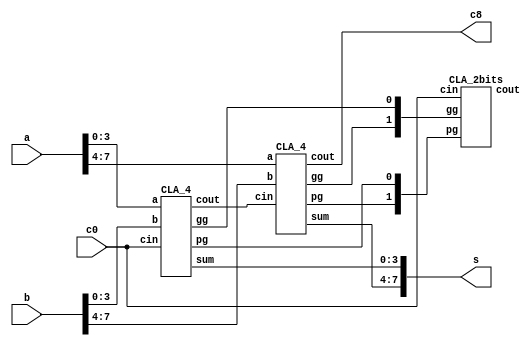
`timescale 1ns/1ps

module Carry_Look_Ahead_Adder_8bit(a, b, c0, s, c8);
input [7:0] a, b;
input c0;
output [7:0] s;
output c8;

wire c4;
wire [1:0] pg, gg;

CLA_4 cla0(a[3:0], b[3:0], c0, c4, s[3:0], pg[0], gg[0]);
CLA_4 cla1(a[7:4], b[7:4], c4, c8, s[7:4], pg[1], gg[1]);

CLA_2bits cla_2bits({c8, c4}, pg, gg, c0);

endmodule

module CLA_4(a, b, cin, cout, sum, pg, gg);

input [3:0] a, b;
input cin;
output [3:0]sum;
output cout, pg, gg;

wire [3:0] p, g;
wire [2:0] c;

Full_Adder fa0(sum[0], a[0], b[0], cin);
Full_Adder fa1(sum[1], a[1], b[1], c[0]);
Full_Adder fa2(sum[2], a[2], b[2], c[1]);
Full_Adder fa3(sum[3], a[3], b[3], c[2]);

OR aORb[3:0](a, b, p);
AND aANDb[3:0](a, b, g);

CLA_4bits cla2({cout, c[2:0]}, p, g, cin, pg, gg);

endmodule

module CLA_4bits(cout, p, g, cin, pg, gg);
input [3:0] p, g;
input cin;
output [3:0] cout;
output pg, gg;

wire [18:0]w;

//c1
AND and_c1(p[0], cin, w[0]);
OR or_c1(g[0], w[0], cout[0]);

//c2
AND and_c2(p[1], g[0], w[2]);
AND_4bits and_c21(p[1], p[0], cin, 1'b1, w[3]);
OR_4bits or_c2(g[1], w[2], w[3], 1'b0, cout[1]);

//c3
AND and_c3(p[2], g[1], w[4]);
AND_4bits and_c4(p[2], p[1], g[0], 1'b1, w[5]);
AND_4bits and_c5(p[2], p[1], p[0], cin, w[6]);
OR_4bits or_c3(g[2], w[4], w[5], w[6], cout[2]);

//c4
AND and_c40(p[3], g[2], w[7]);
AND_4bits and_c41(p[3], p[2], g[1], 1'b1, w[8]);
AND_4bits and_c42(p[3], p[2], p[1], g[0], w[9]);
AND_4bits and_c43(p[3], p[2], p[1], p[0], w[10]);
AND and_c44(w[10], cin, w[11]);
OR_4bits or_c4(w[7], w[8], w[9], w[11], w[12]);
OR or_c41(w[12], g[3], cout[3]);

//pg
AND_4bits and_pg(p[0], p[1], p[2], p[3], pg);

//gg
AND_4bits and_gg(g[1], p[3], p[2], 1'b1, w[14]);
AND_4bits and_gg1(g[0], p[3], p[2], p[1], w[15]);
AND and_gg2(g[2], p[3], w[16]);
OR_4bits or_gg(g[3], w[14], w[15], w[16], gg);

endmodule

module Full_Adder(sum, a, b, cin);
input a, b, cin;
output sum;

wire a_xor_b, w1, w2, w3, w4;

XOR xor_a_b(a, b, a_xor_b);
XOR xor_a_b_cin(a_xor_b, cin, sum);

endmodule

module CLA_2bits(cout, pg, gg, cin);
input [1:0] pg, gg;
input cin;
//cout[0] == c4, cout[1] == c8
output [1:0] cout;
wire [5:0]w;

AND and_c1(cin, pg[0], w[0]);
OR or_c1(gg[0], w[0], cout[0]);

AND and_c2(pg[1], gg[0], w[1]);
AND_4bits and_c21(pg[1], pg[0], cin, 1'b1, w[2]);
OR_4bits or_c2(gg[1], w[1], w[2], 1'b0, cout[1]);

endmodule

module AND_4bits(a, b, c, d, out);
input a, b, c, d;
output out;

wire w0, w1;

AND and0(a, b, w0);
AND and1(c, d, w1);
AND and2(w0, w1, out);

endmodule

module OR_4bits(a, b, c, d, out);
input a, b, c, d;
output out;

wire w0, w1;

OR and0(a, b, w0);
OR and1(c, d, w1);
OR and2(w0, w1, out);

endmodule

module AND(a, b, out);
input a, b;
output out;

wire a_nand_b;

nand nand_a_b(a_nand_b, a, b);
NOT and_a_b(a_nand_b, out);

endmodule

module OR(a, b, f);
input a,b;
output f;

wire a_neg, b_neg;

NOT not_a(a, a_neg);
NOT not_b(b, b_neg);
nand nand_a_b(f, a_neg, b_neg);

endmodule

module NOT(in, out);
input in;
output out;

nand not_in(out, in, in);

endmodule

module XOR(a, b, out);
input a, b;
output out;

wire a_neg, b_neg, w0, w1;

NOT not_a(a, a_neg);
NOT not_b(b, b_neg);

AND and_a_negb(a, b_neg, w0);
AND and_nega_b(a_neg, b, w1);

OR xor_a_b(w0, w1, out);

endmodule